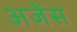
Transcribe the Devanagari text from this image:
अजेंस